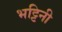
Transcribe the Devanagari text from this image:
भट्टिनी